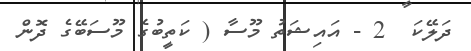
ދަލޭކަ  2 - އައިޝަތު މޫސާ ( ކަތީބުގެ މޫސަބޭގެ ދޮން